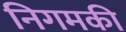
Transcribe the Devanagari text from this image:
निगमकी